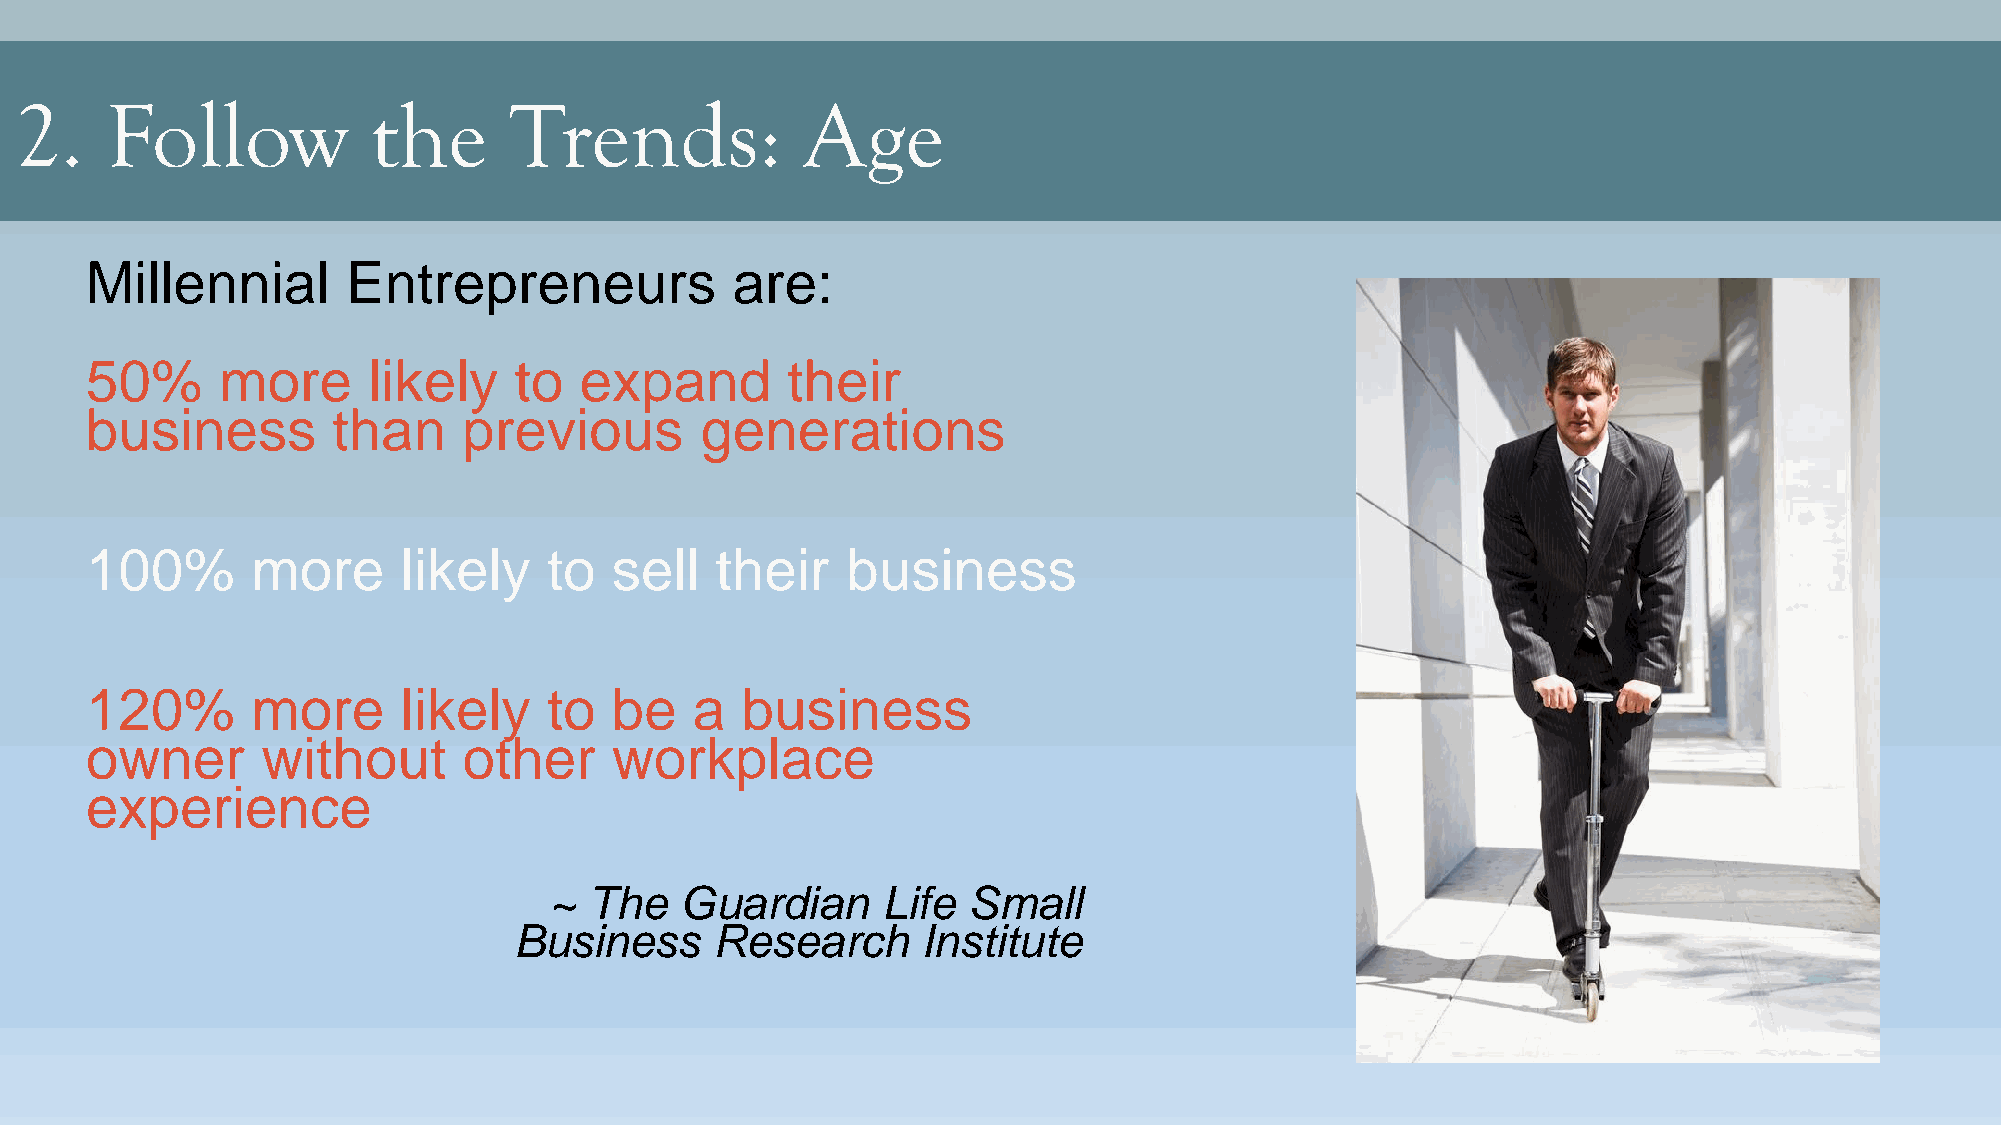
2.    Follow            the      Trends:            Age
 Millennial       Entrepreneurs            are:
 50%     more      likely    to  expand        their
 business        than     previous       generations
 100%       more      likely   to  sell   their    business
 120%       more      likely   to  be    a  business
 owner      without       other    workplace
 experience
 ~  The   Guardian     Life  Small
 Business     Research      Institute